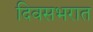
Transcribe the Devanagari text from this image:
दिवसभरात